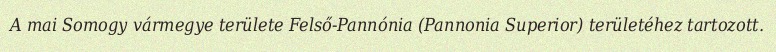
A mai Somogy vármegye területe Felső-Pannónia (Pannonia Superior) területéhez tartozott.